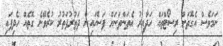
ނަމަވެސް އެގޮތަށް ރިސޯޓްތައް ހަދާއިރު އެތަންތަނަށް ފަސޭހައިން ދަތުރުފަތުރު ކުރެވޭނެ ގޮތެއް ހެދިފައި